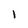
Character: 1